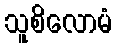
သူစိလောမံ